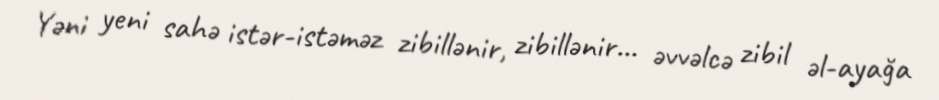
Yəni yeni sahə istər-istəməz zibillənir, zibillənir... əvvəlcə zibil əl-ayağa